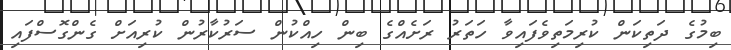
ބިމުގެ ދަތިކަން ކުރިމަތިވެފައިވާ ހަތަރު ރަށެއްގެ ބިން ހިއްކުން ސަރުކާރުން ކުރިއަށް ގެންގޮސްފައި